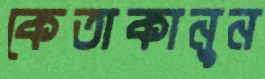
কেতাকানুন